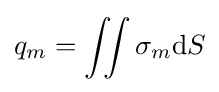
q_{m}=\iint \sigma _{m}\mathrm {d} S